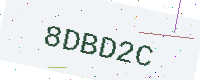
Text: 8DBD2C